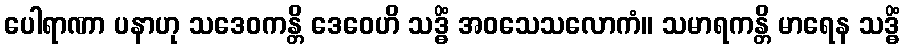
ပေါရာဏာ ပနာဟု သဒေဝကန္တိ ဒေဝေဟိ သဒ္ဓိံ အဝသေသလောကံ။ သမာရကန္တိ မာရေန သဒ္ဓိံ